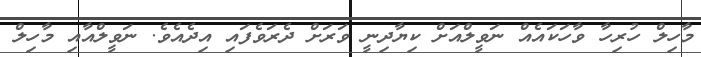
މާހިލް ހުރިހާ ވާހަކައެއް ނަވީލްއަށް ކިޔާދިނީ ވަރަށް ދެރަވެފައި އިދެއެވެ. ނަވީލްއާއި މާހިލް